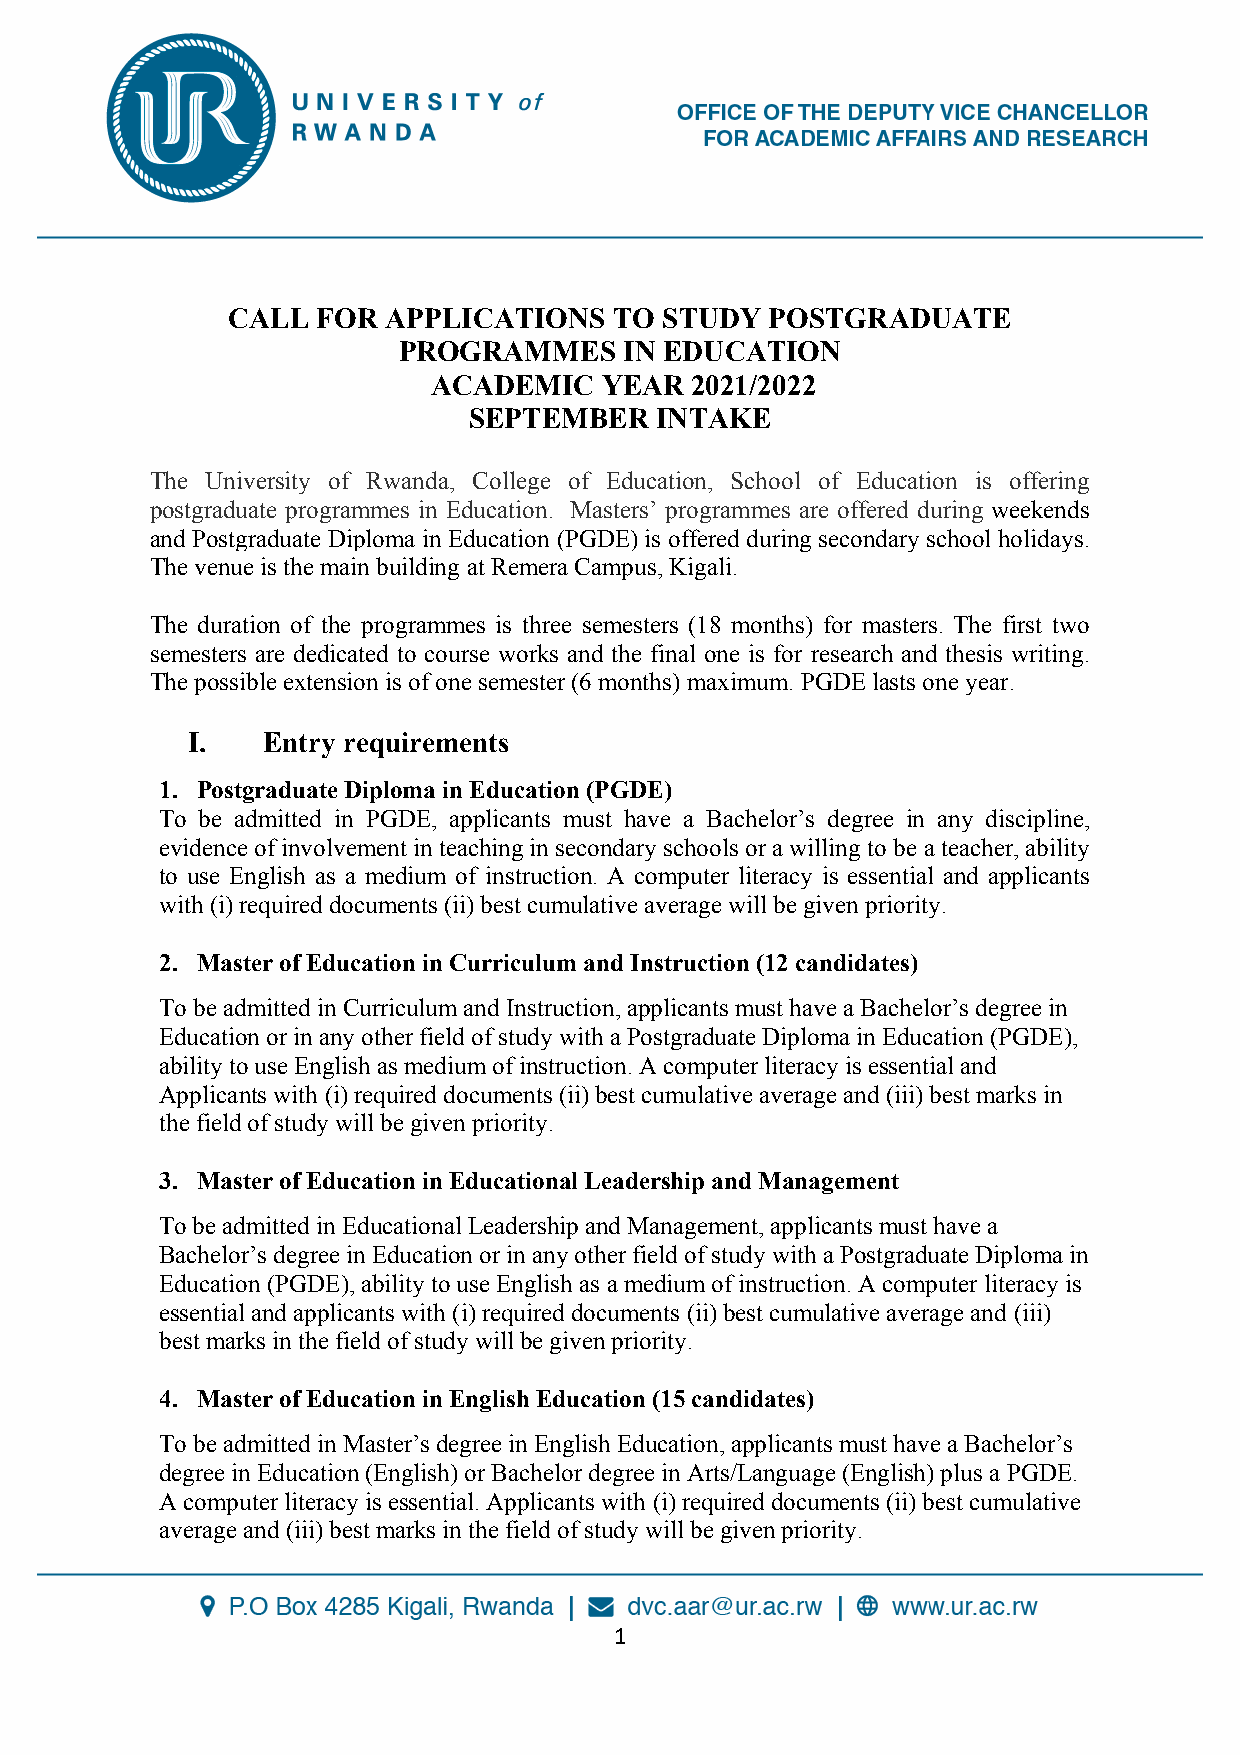
CALL  FOR  APPLICATIONS   TO STUDY  POSTGRADUATE
 PROGRAMMES     IN EDUCATION
 ACADEMIC   YEAR  2021/2022
 SEPTEMBER   INTAKE
 The University of Rwanda, College of Education, School of Education is offering
 postgraduate programmes in Education. Masters’ programmes are offered during weekends
 and Postgraduate Diploma in Education (PGDE) is offered during secondary school holidays.
 The venue is the main building at Remera Campus, Kigali.
 The duration of the programmes is three semesters (18 months) for masters. The first two
 semesters are dedicated to course works and the final one is for research and thesis writing.
 The possible extension is of one semester (6 months) maximum. PGDE lasts one year.
 I.   Entry requirements
 1. Postgraduate Diploma in Education (PGDE)
 To be admitted in PGDE, applicants must have a Bachelor’s degree in any discipline,
 evidence of involvement in teaching in secondary schools or a willing to be a teacher, ability
 to use English as a medium of instruction. A computer literacy is essential and applicants
 with (i) required documents (ii) best cumulative average will be given priority.
 2. Master of Education in Curriculum and Instruction (12 candidates)
 To be admitted in Curriculum and Instruction, applicants must have a Bachelor’s degree in
 Education or in any other field of study with a Postgraduate Diploma in Education (PGDE),
 ability to use English as medium of instruction. A computer literacy is essential and
 Applicants with (i) required documents (ii) best cumulative average and (iii) best marks in
 the field of study will be given priority.
 3. Master of Education in Educational Leadership and Management
 To be admitted in Educational Leadership and Management, applicants must have a
 Bachelor’s degree in Education or in any other field of study with a Postgraduate Diploma in
 Education (PGDE), ability to use English as a medium of instruction. A computer literacy is
 essential and applicants with (i) required documents (ii) best cumulative average and (iii)
 best marks in the field of study will be given priority.
 4. Master of Education in English Education (15 candidates)
 To be admitted in Master’s degree in English Education, applicants must have a Bachelor’s
 degree in Education (English) or Bachelor degree in Arts/Language (English) plus a PGDE.
 A computer literacy is essential. Applicants with (i) required documents (ii) best cumulative
 average and (iii) best marks in the field of study will be given priority.
 1